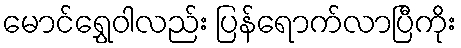
မောင်ရွှေဝါလည်း ပြန်ရောက်လာပြီကိုး